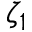
\zeta _ { 1 }